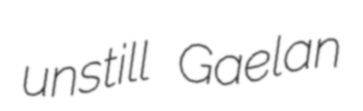
unstill Gaelan